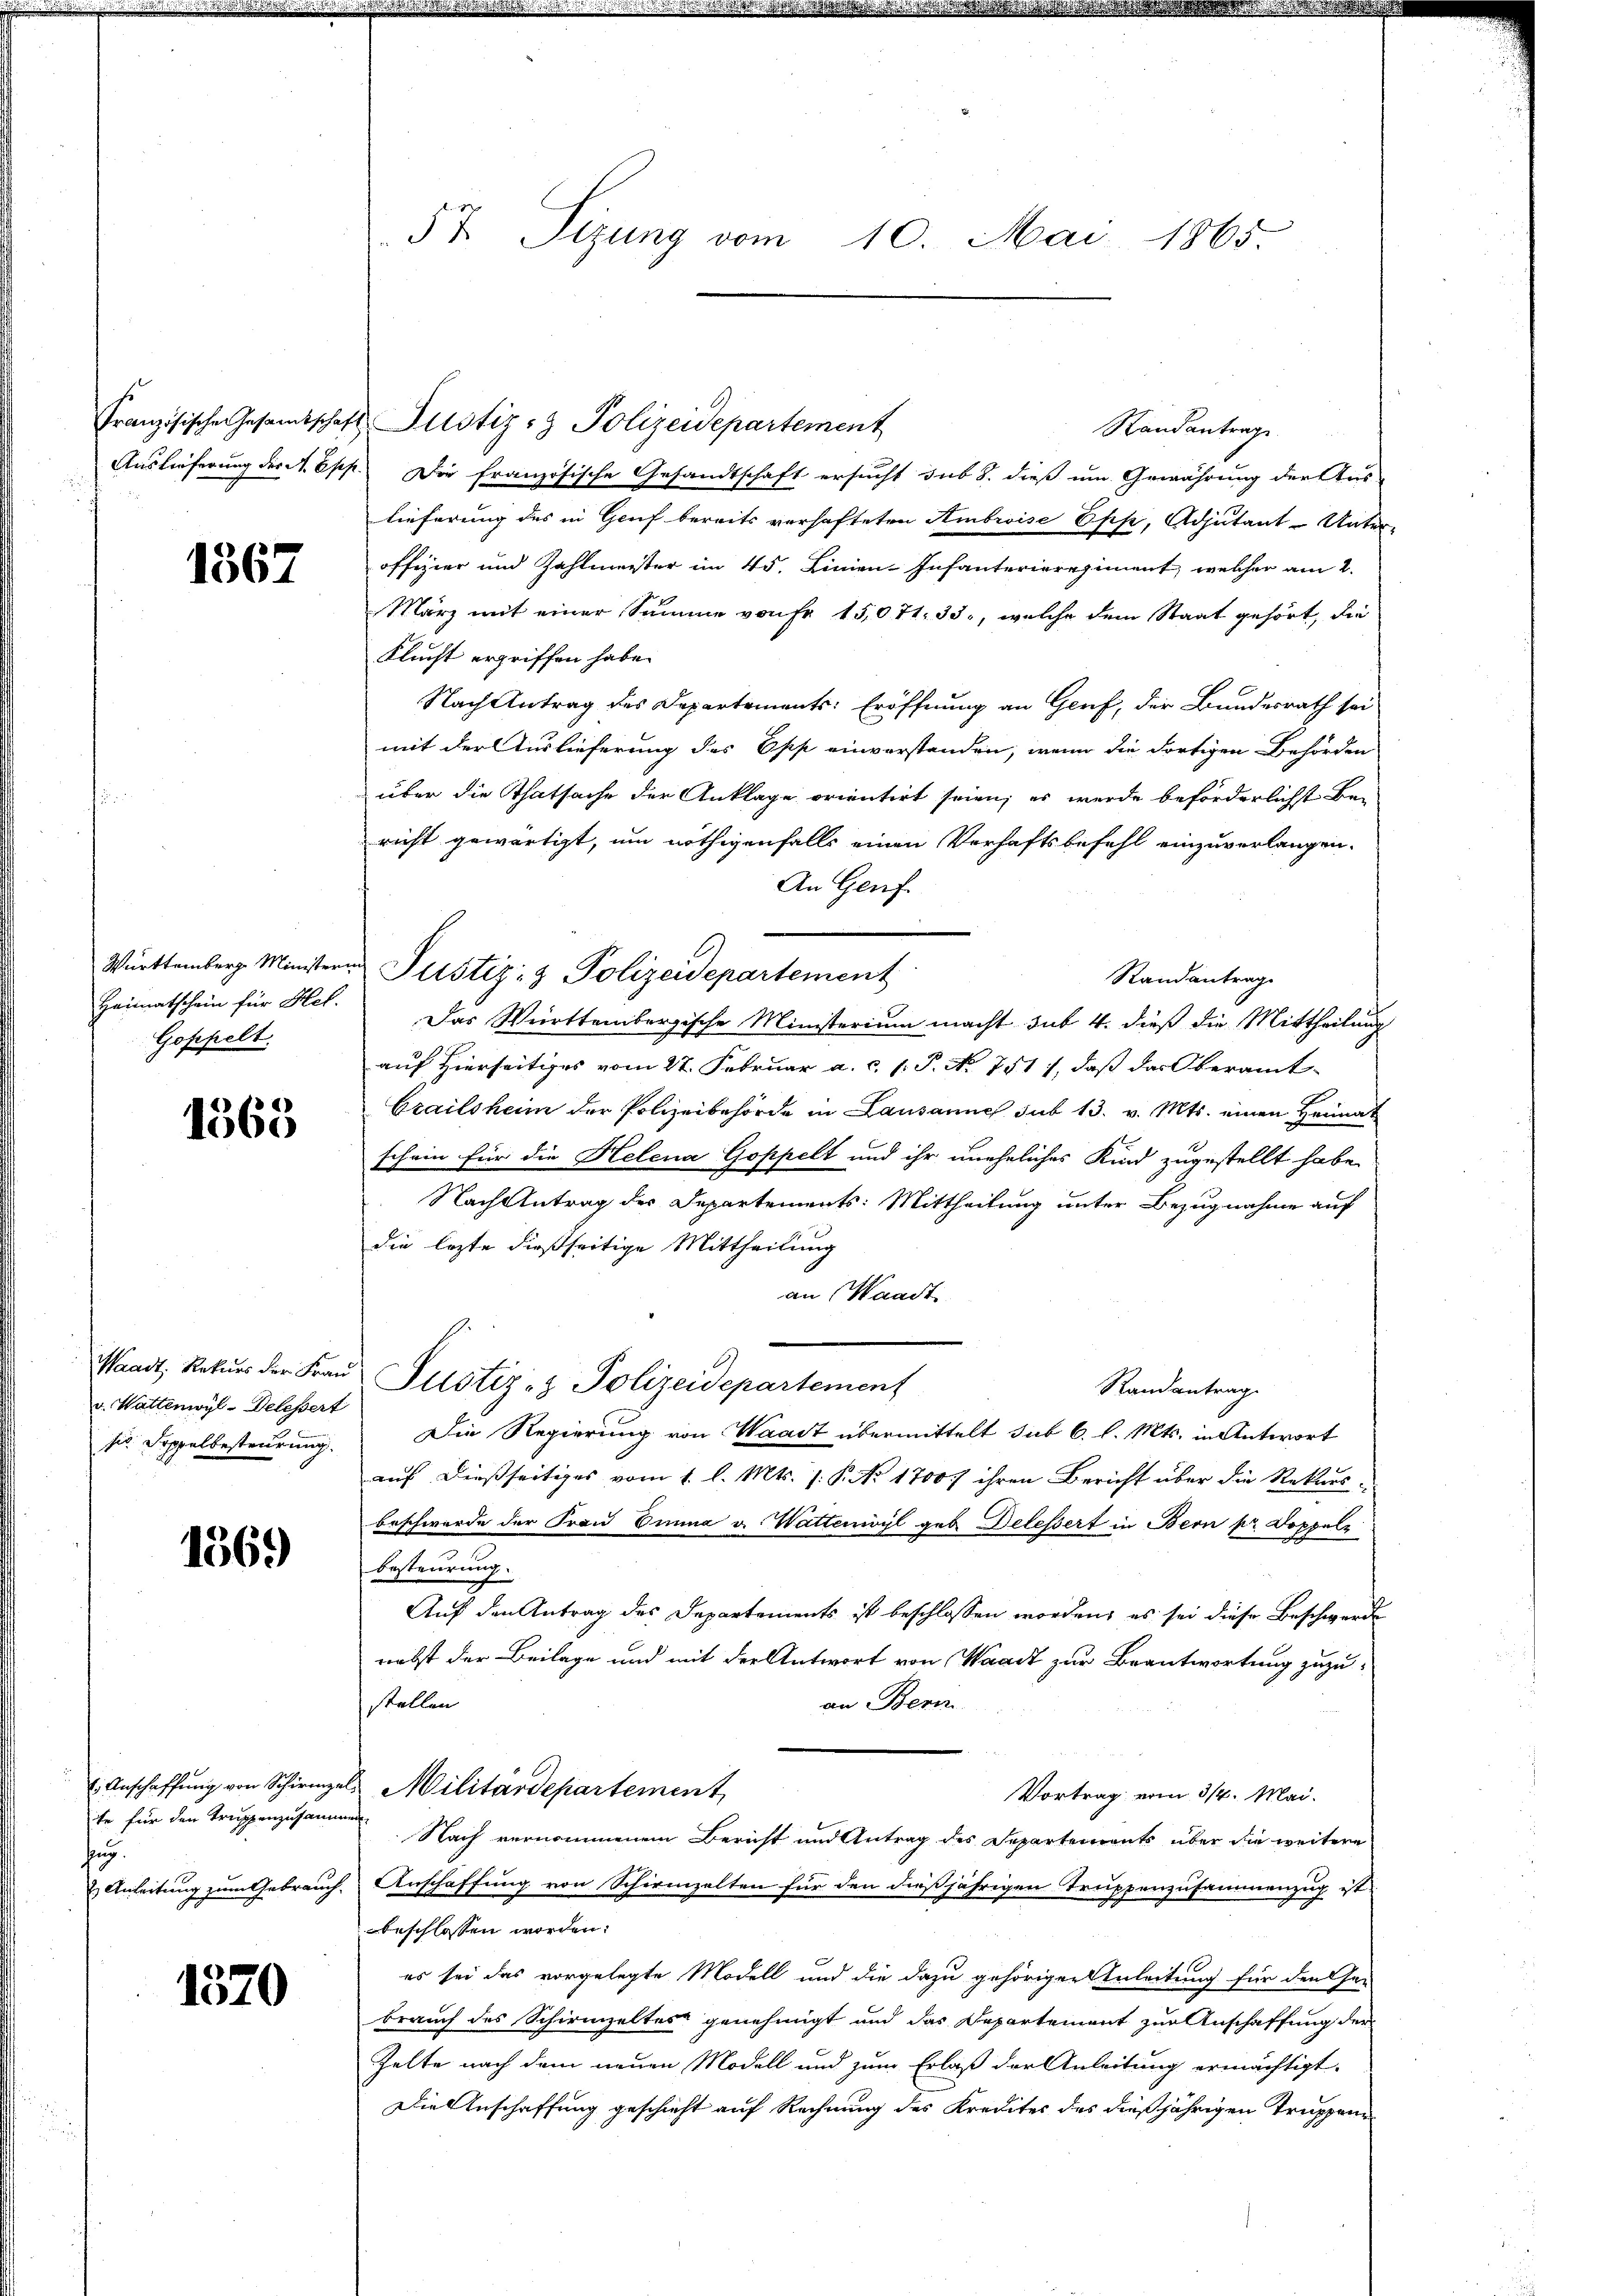
1567

Heimatschein für Hel.
Goppelt.

1363

v. Wattenwyl-Delessert
s Doppelbesteurung.

1569

ite für den Truppenzusammen.
hug.

1370

5t Sitzung vom 10. Mai 1865.

Französische Gesandtschaft Justiz- & Polizeidepartement
Standantrage
Auslieferung der M. Epp. Die französische Gesandtschaft ersucht sub 8. dieß um Gewährung der Aus-
lieferung des in Greif bereits verhafteten Ambroise Epp, Adjutant-Unter-
offizier und Zahlmeister im 45. Linien-Infanterieregiment, welcher am 2.
März mit einer Summe von Fr. 15071. 33, welche dem Staat gehört, die
Flucht ergriffen habe.
Nach Antrag des Departements: Eröffnung an Genf, der Bundesrath sei
mit der Auslieferung des Opp einverstanden, wenn die dortigen Behörden
über die Thatsache der Anklage orientirt seien; es werde beförderlichst be-
richt gewärtigt, um nöthigenfalls einen Verhaftsbefehl einzuverlangen.
An Genf.
Württemberg Ministern Justiz- & Polizeidepartement
Randantrag
Das Württembergische Ministerium macht sub. 4. dieß die Mittheilung
auf hierseitiges vom 27. Februar a. c. l. P. No. 751), daß das Oberamt¬
Grailsham der Polizeibehörde in Lausanne sub 13. v. Mts. einen Heimat
schein für die Helena Goppelt und ihr uneheliches Kind zugestellt habe.
Nach Antrag der Departements: Mittheilung unter Bezugnahme auf
die lezte dießseitige Mittheilung
an Waadt
Waadt, Rekŭrs der Fraŭ Pustiz- & Polizeidepartement
Randantrag
Die Regierung von Waadt übermittelt sub 6. l. Mts. in Antwort
auf dießseitiges vom 1. l. Mts. /: P. No 1700.) ihren Bericht über die Rekurs-
beschwerde der Frau Emma v. Wattenwyl geb. Delessert in Bern pr Doppelz
besteurung.
Auf den Antrag des Departements ist beschlossen worden, es sei diese Beschwerde
nebst der Beilage und mit der Antwort von Waadt zur Beantwortung zuzu-
an Bern
stellen
 Anschaffŭng von Schirmgels Militärdepartement,
Vortrag vom 3/4. Mai.
Nach vernommenem Bericht und Antrag des Departements über die weitere
 Anleitung zum Gebrauch. Anschaffung von Schirmzelten für den dießjährigen Truppenzusammenzug ist
beschlossen worden.
es sei das vorgelegte Modell und die dazu gehörigen Anleitung für den Gebrauch des Schweinzeltes genehmigt und das Departement zur Anschaffung der
Zelte nach dem neuen Modell und zum Erlaß der Anleitung ermächtigt.
Die Anschaffung geschieht auf Rechnung des Kredites des dießjährigen Truppen